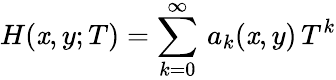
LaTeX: H(\mathit{x},y;T)=\sum_{k=0}^{\infty}\, a_{k}(\mathit{x},y)\, T^{k}